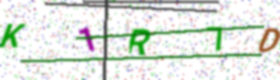
Text: K1R7D